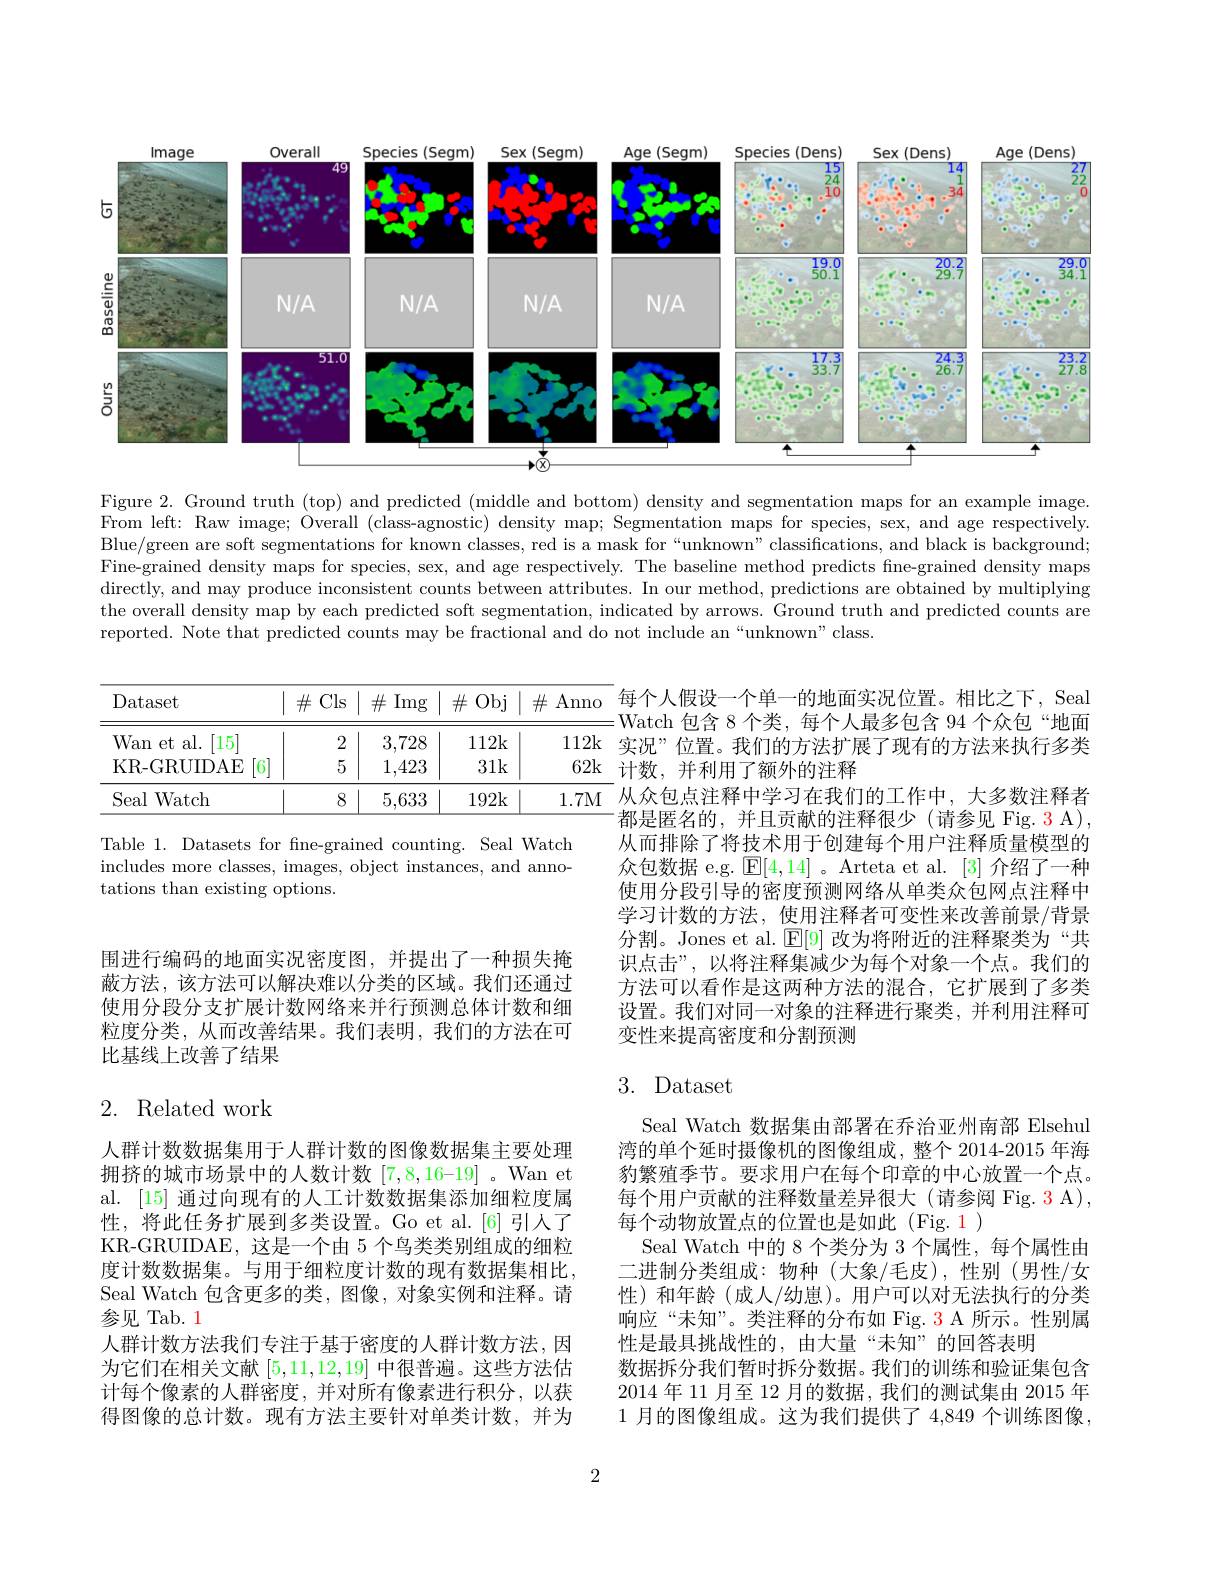
<FigureHere>

Figure 2. Ground truth (top) and predicted (middle and bottom) density and segmentation maps for an example image. From left: Raw image; Overall (class-agnostic) density map; Segmentation maps for species, sex, and age respectively. Blue/green are soft segmentations for known classes, red is a mask for“unknown”classifications, and black is background; Fine-grained density maps for species, sex, and age respectively. The baseline method predicts fine-grained density maps directly, and may produce inconsistent counts between attributes. In our method, predictions are obtained by multiplying the overall density map by each predicted soft segmentation, indicated by arrows. Ground truth and predicted counts are reported. Note that predicted counts may be fractional and do not include an “unknown”class.

<table>
	<tbody>
		<tr>
			<th>Dataset</th>
			<th>$\#$Cls</th>
			<th>$\#$Img</th>
			<th>$\#$Obj</th>
			<th>$\#$</th>
			<th>$\stackrel{L}{\mathrm{~Anno}}$</th>
		</tr>
		<tr>
			<td>Wan et al. $[15^{.}]$</td>
			<td>2</td>
			<td>3,728</td>
			<td>112k</td>
			<td> </td>
			<td>112k</td>
		</tr>
		<tr>
			<td>KR-GRUDAE [6]</td>
			<td>5</td>
			<td>1,423</td>
			<td>31k</td>
			<td> </td>
			<td>62k</td>
		</tr>
		<tr>
			<td>Seal Watch</td>
			<td>8</td>
			<td>5,633</td>
			<td>192k</td>
			<td> </td>
			<td>1.7M</td>
		</tr>
	</tbody>
</table>

Table 1. Datasets for fne-grained counting. Seal Watch includes more classes, images, object instances, and annotations than existing options.

每个人假设一个单一的地面实况位置。相比之下，Seal Watch 包含 8 个类，每个人最多包含 94 个众包“地面实况”位置。我们的方法扩展了现有的方法来执行多类计数，并利用了额外的注释
从众包点注释中学习在我们的工作中，大多数注释者都是匿名的，并且贡献的注释很少(请参见 Fig. 3 A), 从而排除了将技术用于创建每个用户注释质量模型的众包数据 e.g. $\operatorname{E}[4,14]$ 。Arteta et al. [3]介绍了一种使用分段引导的密度预测网络从单类众包网点注释中学习计数的方法，使用注释者可变性来改善前景/背景分割。Jones et al. $\operatorname{E}[9]$改为将附近的注释聚类为“共识点击”,以将注释集减少为每个对象一个点。我们的方法可以看作是这两种方法的混合，它扩展到了多类设置。我们对同一对象的注释进行聚类，并利用注释可变性来提高密度和分割预测

围进行编码的地面实况密度图，并提出了一种损失掩蔽方法，该方法可以解决难以分类的区域。我们还通过使用分段分支扩展计数网络来并行预测总体计数和细粒度分类，从而改善结果。我们表明，我们的方法在可比基线上改善了结果

## 3. Dataset

## 2. Related work

Seal Watch 数据集由部署在乔治亚州南部 Elsehul 湾的单个延时摄像机的图像组成，整个 2014-2015 年海豹繁殖季节。要求用户在每个印章的中心放置一个点。每个用户贡献的注释数量差异很大(请参阅 Fig. 3 A), 每个动物放置点的位置也是如此(Fig. 1)
Seal Watch 中的 8 个类分为 3 个属性，每个属性由二进制分类组成：物种(大象/毛皮),性别(男性/女性)和年龄(成人/幼崽)。用户可以对无法执行的分类响应“未知”。类注释的分布如 Fig. 3 A 所示。性别属性是最具挑战性的，由大量“未知”的回答表明
数据拆分我们暂时拆分数据。我们的训练和验证集包含2014 年 11 月至 12 月的数据 , 我们的测试集由 2015 年1 月的图像组成。这为我们提供了 4,849 个训练图像，

人群计数数据集用于人群计数的图像数据集主要处理拥挤的城市场景中的人数计数$[7,8,16–19]$ 。Wan et al. [15] 通过向现有的人工计数数据集添加细粒度属性，将此任务扩展到多类设置。Go et al.[6]引人了KR-GRUIDAE, 这是一个由 5 个鸟类类别组成的细粒度计数数据集。与用于细粒度计数的现有数据集相比， Seal Watch 包含更多的类，图像，对象实例和注释。请参见 Tab. 1
人群计数方法我们专注于基于密度的人群计数方法，因为它们在相关文献[5,11,12,19]中很普遍。这些方法估计每个像素的人群密度，并对所有像素进行积分，以获得图像的总计数。现有方法主要针对单类计数，并为

2